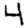
Digit: 4